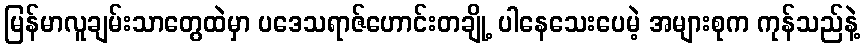
မြန်မာလူချမ်းသာတွေထဲမှာ ပဒေသရာဇ်ဟောင်းတချို့ ပါနေသေးပေမဲ့ အများစုက ကုန်သည်နဲ့